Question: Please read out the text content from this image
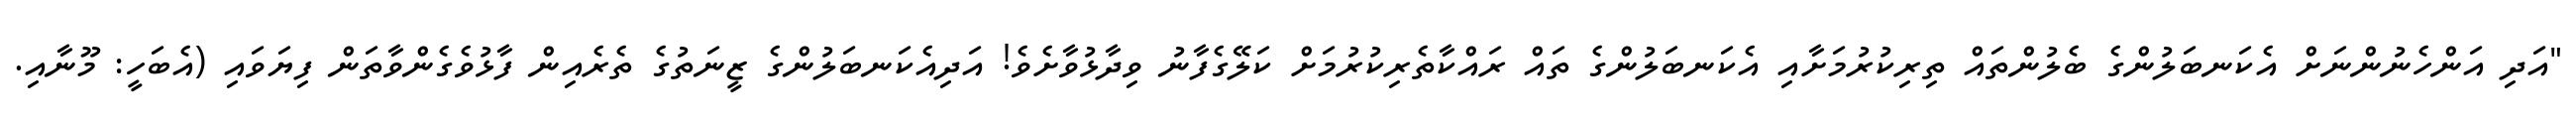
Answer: "އަދި އަންހެނުންނަށް އެކަނބަލުންގެ ބެލުންތައް ތިރިކުރުމަށާއި އެކަނބަލުންގެ ތައް ރައްކާތެރިކުރުމަށް ކަލޭގެފާނު ވިދާޅުވާށެވެ! އަދިއެކަނބަލުންގެ ޒީނަތުގެ ތެރެއިން ފާޅުވެގެންވާތަން ފިޔަވައި (އެބަހީ: މޫނާއި.